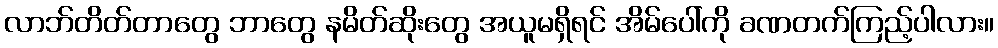
လာဘ်တိတ်တာတွေ ဘာတွေ နမိတ်ဆိုးတွေ အယူမရှိရင် အိမ်ပေါ်ကို ခဏတက်ကြည့်ပါလား။